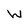
Character: W